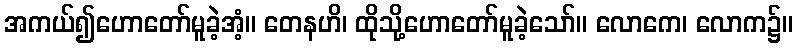
အကယ်၍ဟောတော်မူခဲ့အံ့။ တေနဟိ၊ ထိုသို့ဟောတော်မူခဲ့သော်။ လောကေ၊ လောက၌။